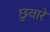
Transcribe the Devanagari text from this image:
छुवारे